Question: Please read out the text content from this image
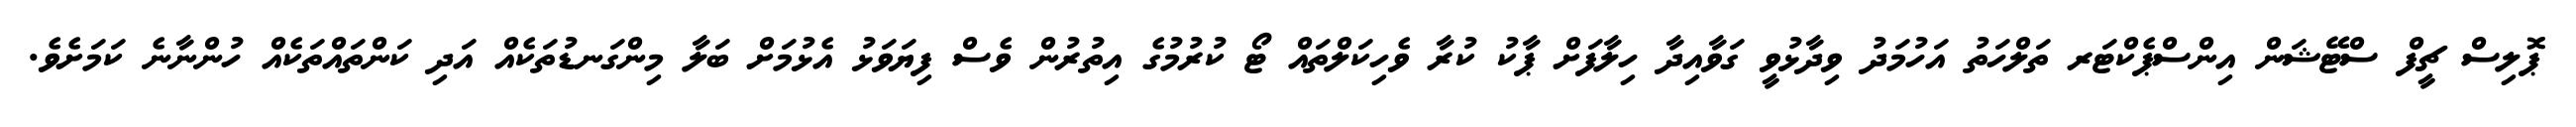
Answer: ޕޮލިސް ޗީފް ސްޓޭޝަން އިންސްޕެކްޓަރ ތަލްހަތު އަހުމަދު ވިދާޅުވީ ގަވާއިދާ ހިލާފަށް ޕާކު ކުރާ ވެހިކަލްތައް ޓޯ ކުރުމުގެ އިތުރުން ވެސް ފިޔަވަޅު އެޅުމަށް ބަލާ މިންގަނޑުތަކެއް އަދި ކަންތައްތަކެއް ހުންނާނެ ކަމަށެވެ.